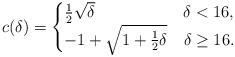
LaTeX: \begin{align*}c(\delta) = \begin{cases}\frac{1}{2}\sqrt{\delta} & \delta<16,\\-1+\sqrt{1+\frac{1}{2}\delta} & \delta \ge 16.\end{cases}\end{align*}